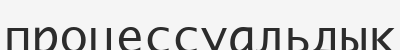
процессуальдық